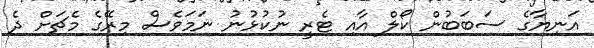
އަނިޔާގެ ސަބަބުން ކޯލް އާއި ޓެރީ ނުކުޅުނު ނަމަވެސް މިރޭގެ މެޗަށް ދެ